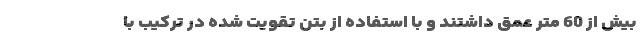
بیش از 60 متر عمق داشتند و با استفاده از بتن تقویت شده در ترکیب با